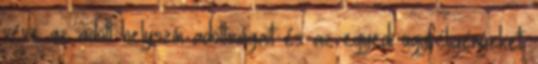
véve az adott helyszín adottságait és az egyedi ügyféligényeket.